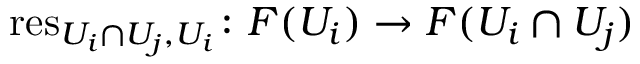
\operatorname { r e s } _ { U _ { i } \cap U _ { j } , U _ { i } } \colon F ( U _ { i } ) \rightarrow F ( U _ { i } \cap U _ { j } )